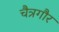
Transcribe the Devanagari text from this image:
चैत्रगौर